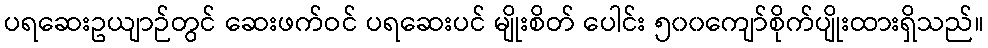
ပရဆေးဥယျာဉ်တွင် ဆေးဖက်ဝင် ပရဆေးပင် မျိုးစိတ် ပေါင်း ၅၀၀ကျော်စိုက်ပျိုးထားရှိသည်။